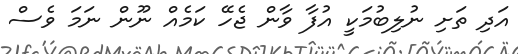
އަދި ތަށި ނުލިބުމަކީ އުފާ ވާން ޖެހޭ ކަމެއް ނޫން ނަމަ ވެސް